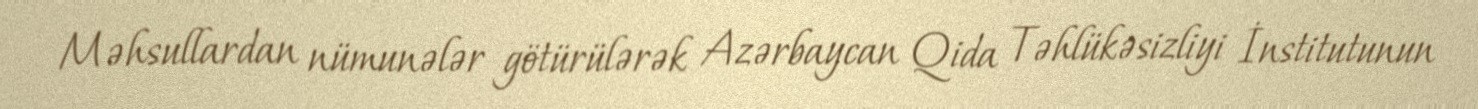
Məhsullardan nümunələr götürülərək Azərbaycan Qida Təhlükəsizliyi İnstitutunun